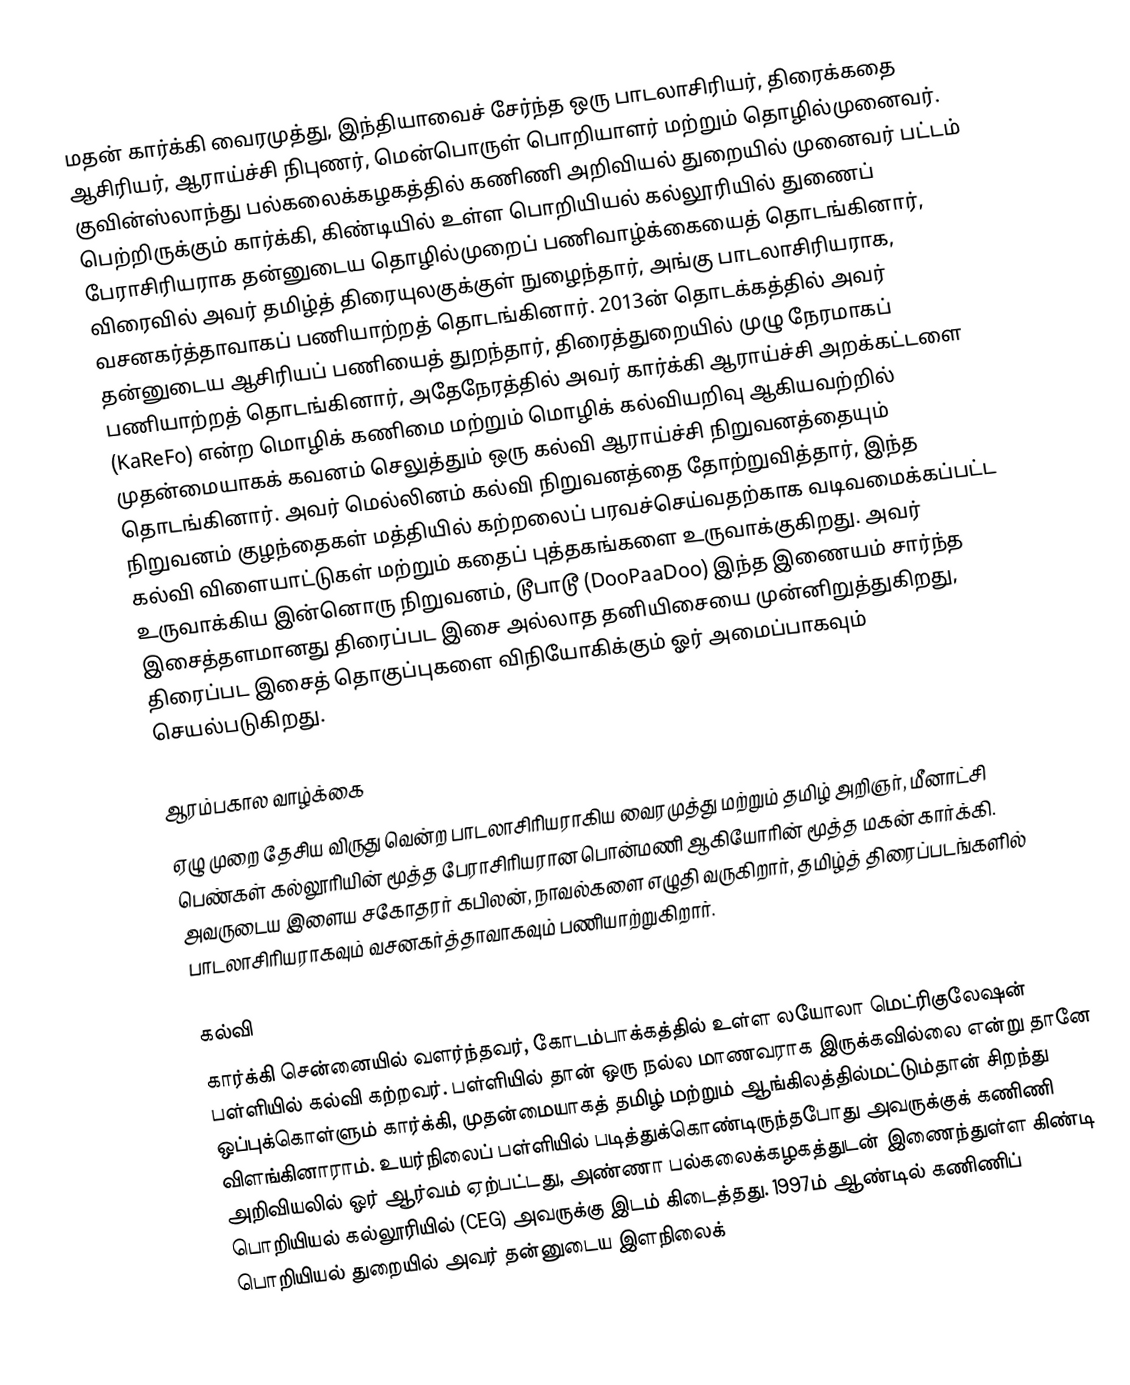
மதன் கார்க்கி வைரமுத்து, இந்தியாவைச் சேர்ந்த ஒரு பாடலாசிரியர், திரைக்கதை ஆசிரியர், ஆராய்ச்சி நிபுணர், மென்பொருள் பொறியாளர் மற்றும் தொழில்முனைவர். குவின்ஸ்லாந்து பல்கலைக்கழகத்தில் கணிணி அறிவியல் துறையில் முனைவர் பட்டம் பெற்றிருக்கும் கார்க்கி, கிண்டியில் உள்ள பொறியியல் கல்லூரியில் துணைப் பேராசிரியராக தன்னுடைய தொழில்முறைப் பணிவாழ்க்கையைத் தொடங்கினார், விரைவில் அவர் தமிழ்த் திரையுலகுக்குள் நுழைந்தார், அங்கு பாடலாசிரியராக, வசனகர்த்தாவாகப் பணியாற்றத் தொடங்கினார். 2013ன் தொடக்கத்தில் அவர் தன்னுடைய ஆசிரியப் பணியைத் துறந்தார், திரைத்துறையில் முழு நேரமாகப் பணியாற்றத் தொடங்கினார், அதேநேரத்தில் அவர் கார்க்கி ஆராய்ச்சி அறக்கட்டளை (KaReFo) என்ற மொழிக் கணிமை மற்றும் மொழிக் கல்வியறிவு ஆகியவற்றில் முதன்மையாகக் கவனம் செலுத்தும் ஒரு கல்வி ஆராய்ச்சி நிறுவனத்தையும் தொடங்கினார். அவர் மெல்லினம் கல்வி நிறுவனத்தை தோற்றுவித்தார், இந்த நிறுவனம் குழந்தைகள் மத்தியில் கற்றலைப் பரவச்செய்வதற்காக வடிவமைக்கப்பட்ட கல்வி விளையாட்டுகள் மற்றும் கதைப் புத்தகங்களை உருவாக்குகிறது. அவர் உருவாக்கிய இன்னொரு நிறுவனம், டூபாடூ (DooPaaDoo) இந்த இணையம் சார்ந்த இசைத்தளமானது திரைப்பட இசை அல்லாத தனியிசையை முன்னிறுத்துகிறது, திரைப்பட இசைத் தொகுப்புகளை விநியோகிக்கும் ஓர் அமைப்பாகவும் செயல்படுகிறது.

ஆரம்பகால வாழ்க்கை
ஏழு முறை தேசிய விருது வென்ற பாடலாசிரியராகிய வைரமுத்து மற்றும் தமிழ் அறிஞர், மீனாட்சி பெண்கள் கல்லூரியின் மூத்த பேராசிரியரான  பொன்மணி ஆகியோரின் மூத்த மகன் கார்க்கி. அவருடைய இளைய சகோதரர் கபிலன், நாவல்களை எழுதி வருகிறார், தமிழ்த் திரைப்படங்களில் பாடலாசிரியராகவும் வசனகர்த்தாவாகவும் பணியாற்றுகிறார்.

கல்வி
கார்க்கி சென்னையில் வளர்ந்தவர், கோடம்பாக்கத்தில் உள்ள லயோலா மெட்ரிகுலேஷன் பள்ளியில் கல்வி கற்றவர். பள்ளியில் தான் ஒரு நல்ல மாணவராக இருக்கவில்லை என்று தானே ஒப்புக்கொள்ளும் கார்க்கி, முதன்மையாகத் தமிழ் மற்றும் ஆங்கிலத்தில்மட்டும்தான் சிறந்து விளங்கினாராம்.  உயர்நிலைப் பள்ளியில் படித்துக்கொண்டிருந்தபோது அவருக்குக் கணிணி அறிவியலில் ஓர் ஆர்வம் ஏற்பட்டது, அண்ணா பல்கலைக்கழகத்துடன் இணைந்துள்ள கிண்டி பொறியியல் கல்லூரியில் (CEG) அவருக்கு இடம் கிடைத்தது. 1997ம் ஆண்டில் கணிணிப் பொறியியல் துறையில் அவர் தன்னுடைய இளநிலைக்